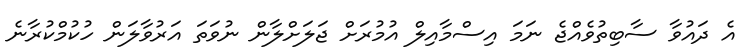
އެ ދައުވާ ސާބިތުވެއްޖެ ނަމަ އިސްމާއިލް އުމުރަށް ޖަލަށްލާން ނުވަތަ އަރުވާލަން ހުކުމްކުރާނެ